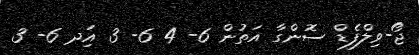
ޖޯ-ވިލްފެޑް ސޮންގާ އަތުން 6- 4 6- 3 އަިދ 6- 3